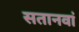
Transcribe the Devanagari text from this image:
सतानवां